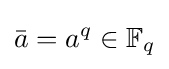
{\bar {a}}=a^{q}\in \mathbb {F} _{q}